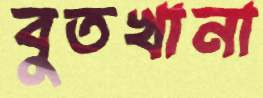
বুতখানা